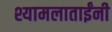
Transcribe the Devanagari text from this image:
श्यामलाताईंनी